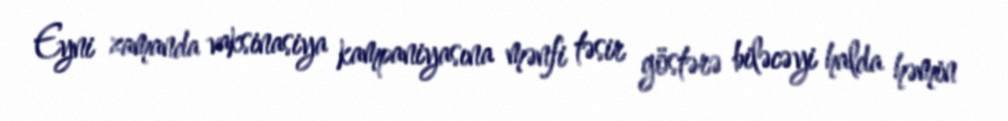
Eyni zamanda vaksinasiya kampaniyasına mənfi təsir göstərə biləcəyi halda həmin